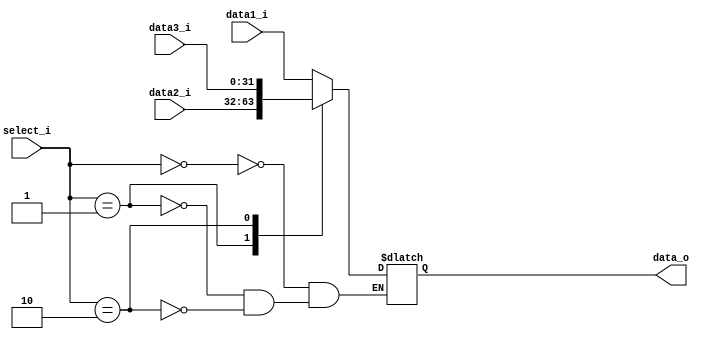
module MUX32_4Input(
    data1_i,
    data2_i,
    data3_i,
    select_i,
    data_o
);

input [31:0] data1_i;
input [31:0] data2_i;
input [31:0] data3_i;
input [1:0] select_i;
output [31:0] data_o;

reg [31:0] data_reg;

assign data_o = data_reg;

// select_i will be 00, 01, 10 depends on Forward A and Forward B

always @(data1_i or data2_i or data3_i or select_i)begin
    case(select_i)
        2'b00: data_reg=data1_i;
        2'b01: data_reg=data2_i;
        2'b10: data_reg=data3_i;
    endcase
end

endmodule